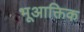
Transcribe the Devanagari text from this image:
भूआक्तिक